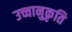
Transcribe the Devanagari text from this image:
उच्चानुकृति